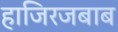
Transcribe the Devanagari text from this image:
हाजिरजबाब